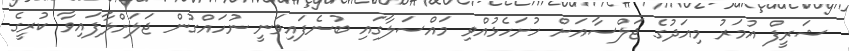
ޝަރީފް އުމަރު މިއަދުގެ ޖަލްސާއަށް ހުށަހެޅުއްވި މައްސަލާގައި ބުނެފައިވަނީ ނުހައްގުން ޖަލަށްލާފައިވާ ކުރީގެ